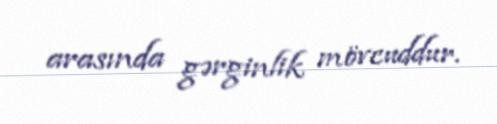
arasında gərginlik mövcuddur.